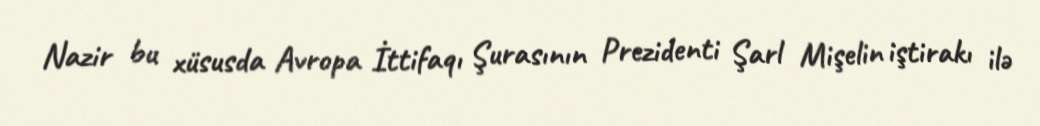
Nazir bu xüsusda Avropa İttifaqı Şurasının Prezidenti Şarl Mişelin iştirakı ilə